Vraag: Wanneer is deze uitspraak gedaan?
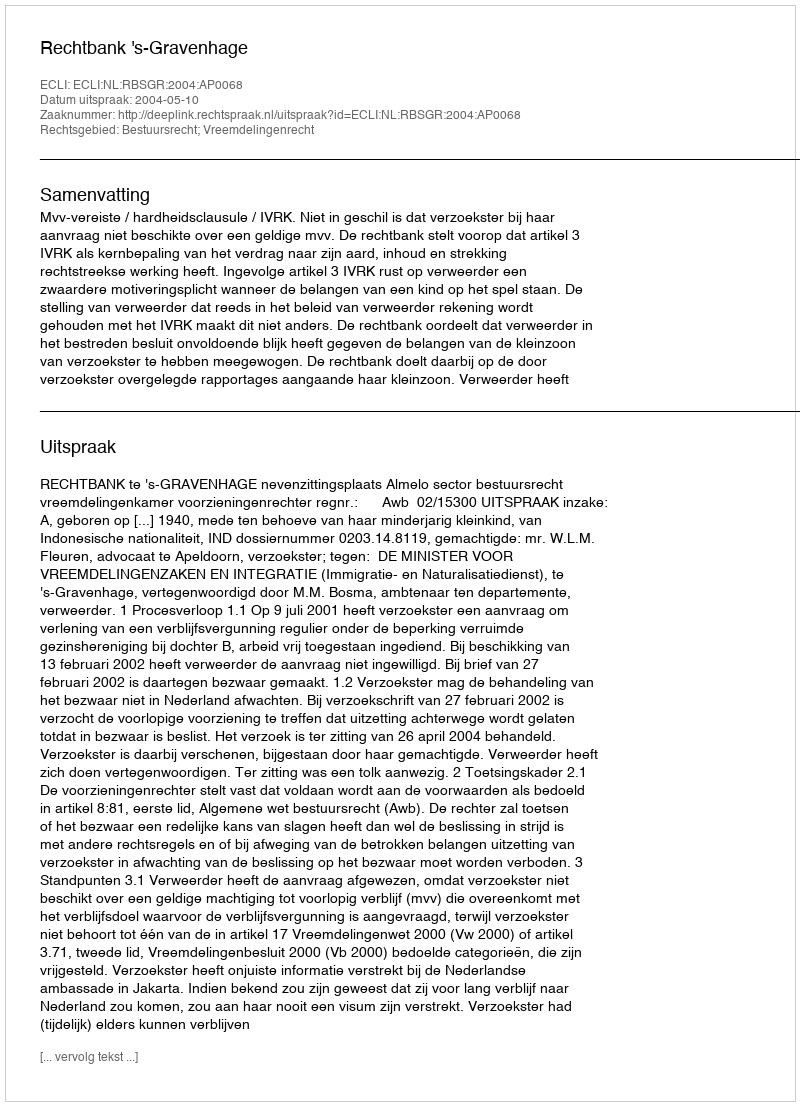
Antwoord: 2004-05-10